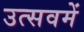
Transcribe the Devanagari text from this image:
उत्सवमें